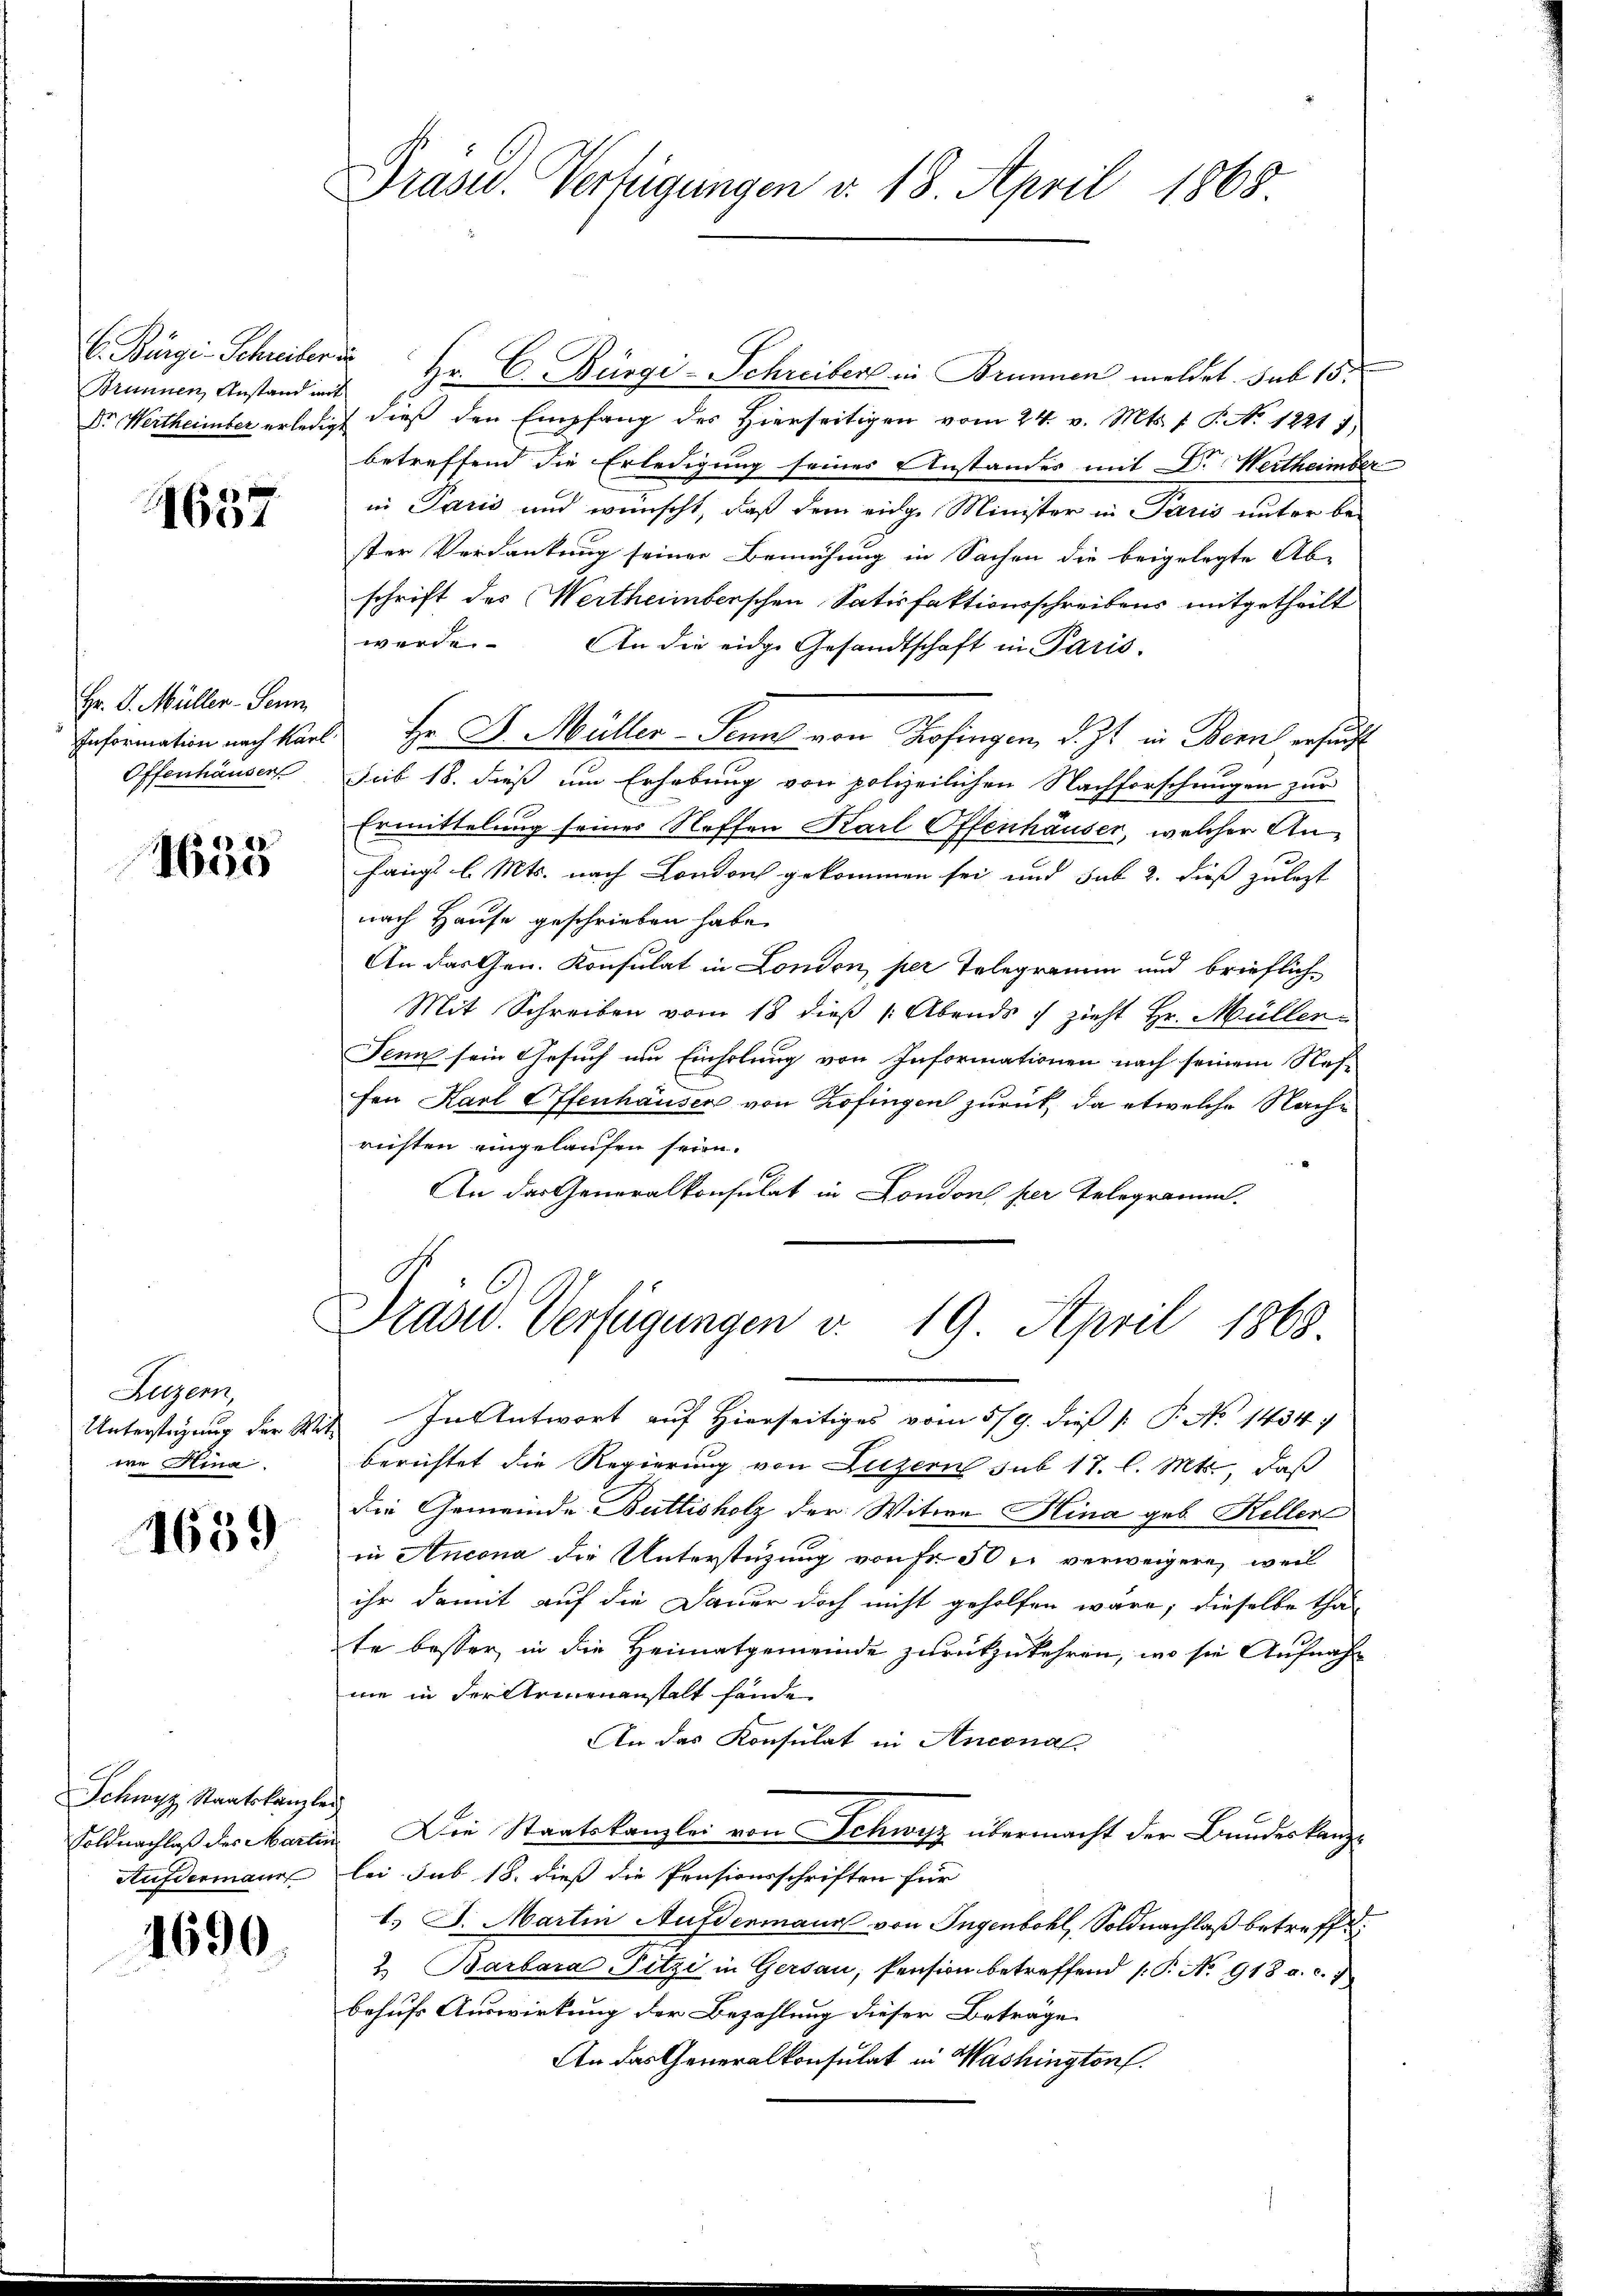
Brunnen, Anstand mit

1657

Hr. P. Müller-Senn
Offenhäuser

1655

Augger,
we Hina

1639

Schwyz Staatskanzler
Aufdermann

1690.

C. Bürgi-Schreiber Hr. C. Bürgi-Schreibens in Brunnen meldet. sub 15.
Dr. Wertheimber erledigt dieß den Empfang des Hierseitigen vom 24. v. Mts. f. P. No 1221 7
betreffend die Erledigung seiner Anstandes mit Dr. Wertheimber
in Paris und wünscht, daß dem eidge Minister in Paris unter be-
ster Verdankung seiner Bemühung in Sachen die beigelegte Ab-
schrift des Wertheimberschen Satisfaktionsschreibens mitgetheilt
werde. An die eidge Gesandtschaft in Paris
Information nach Karl Hr Dr. Müller Senn von Zofingen, d. Zt. in Bern ersucht
Scib 18. dieß um Erhebung von polizeilichen Nachforschungen zur
Ermittelung seines Neffen Karl Offenhäuser, welcher Anhangs l. Mts. nach Londorf gekommen sei und sub 2. dieß zulezt
nach Hause geschrieben habe.
An das Gen. Konsulat in London, per Telegramm und brieflich-
Mit Schreiben vom 18 dieß Abends zieht Hr. Müller-
Senn sein Gesuch um Einholung von Informationen nach seinem Nes-
fen Karl Offenhauser von Zofingen zurück, da etwelche Nachrichten eingelaufen seien.
An das Generalkonsulat in Londons per Telegramm.

Präsid.. Verfügungen v. 18. April 1868

radw. Verfügungen v. 19. April 1863.

Unterstigung der Mit In Antwort auf Hierseitiges vom 5/9. dieß [ P. No 1434. 7
berichtet die Regierung von Luzern sub 17. l. Mts., daß
Die Gemeinde Buttisholz der Witwe Hina geb. Keller
in Ancona die Unterstüzung von Fr. 50 u. verweigere, weil
ihr damit auf die Dauer doch nicht geholfen wäre; dieselbe tha-
te besser, in die Heimatgemeinde zurükzukehren, wo sie Aufnahnie in der Armenanstalt fände
An das Konsulat in Antona
Soldnachlaß des Martin Die Staatskanzlei von Schwyz übermacht der Bundeskanzlei. sub 18. dieß die Pensionsschriften für
t. J. Martin Aufdenmaur von Ingenbohl, Soldnachlaß betreffe.
2. Barbara Fitzi in Gersau, Pension betreffend /: P. No. 918 a. c. 7
behufs Auswirkung der Bezahlung dieser Beträge
An das Generalkonsulat in Washingtonf.